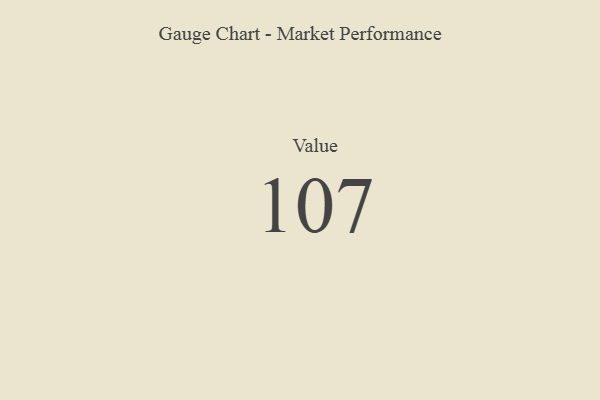
{"axis": {"x": "Metric", "y": "Value"}, "legend": [""], "data": [{"x": "Value", "y": 107, "type": ""}]}